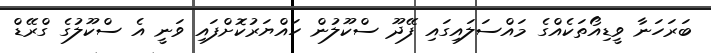
ބަރަހަނާ ވީޑިއޯތަކެއްގެ މައްސަލައިގައި ފޭދޫ ސްކޫލުން ހައްޔަރުކޮށްފައި ވަނީ އެ ސްކޫލުގެ ގްރޭޑް